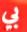
بي